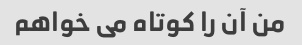
من آن را کوتاه می خواهم